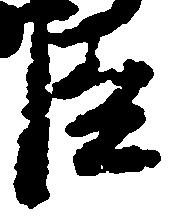
臣